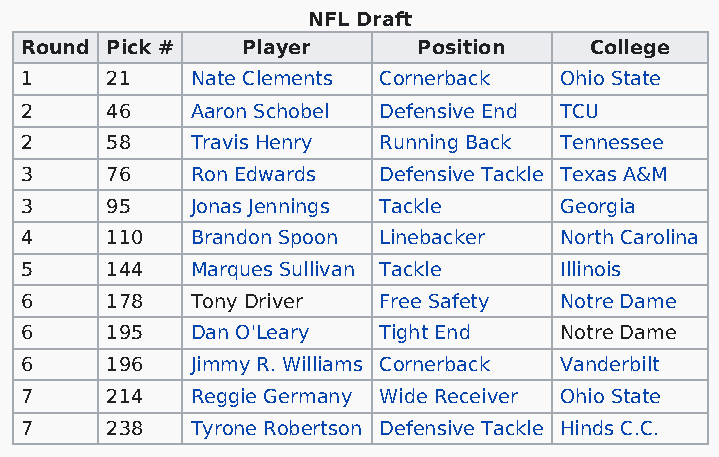
NFL Draft
 Round Pick #   Player      Position   College
 1     21    Nate Clements Cornerback Ohio State
 2     46    Aaron Schobel Defensive End TCU
 2     58    Travis Henry Running Back Tennessee
 3     76    Ron Edwards Defensive Tackle Texas A&M
 3     95    Jonas Jennings Tackle   Georgia
 4     110   Brandon Spoon Linebacker North Carolina
 5     144   Marques Sullivan Tackle Illinois
 6     178   Tony Driver Free Safety Notre Dame
 6     195   Dan O'Leary Tight End   Notre Dame
 6     196   Jimmy R. Williams Cornerback Vanderbilt
 7     214   Reggie Germany Wide Receiver Ohio State
 7     238   Tyrone Robertson Defensive Tackle Hinds C.C.